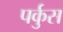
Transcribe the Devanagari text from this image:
पर्कुस